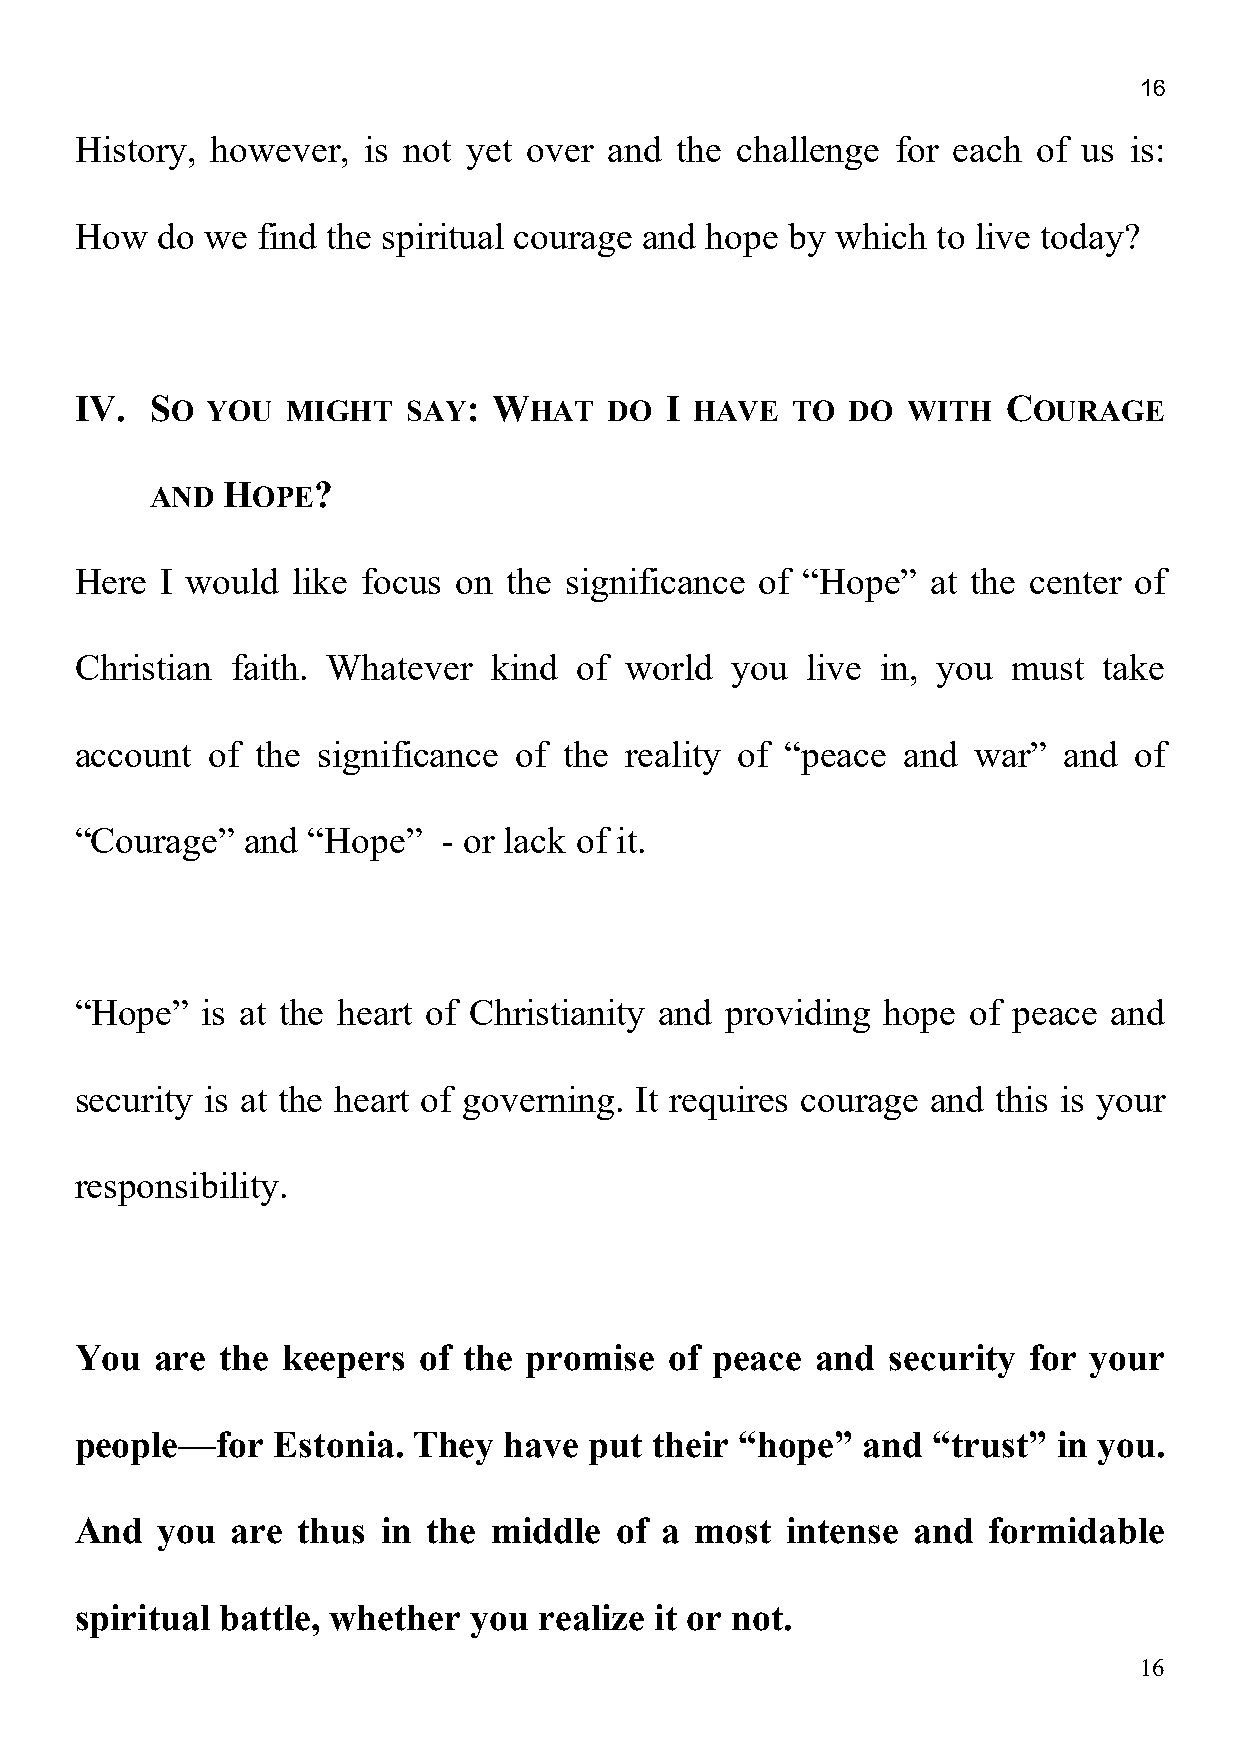
16
 History, however,  is not yet over and  the challenge for each  of us is:
 How  do we  find the spiritual courage and hope by which to live today?
 IV.  SO  YOU  MIGHT   SAY:  WHAT   DO  I HAVE  TO  DO  WITH   COURAGE
 AND  HOPE?
 Here  I would like focus on  the significance of “Hope”  at the center of
 Christian faith. Whatever  kind  of world  you  live in, you  must  take
 account  of the significance of the reality of “peace  and war”  and  of
 “Courage”  and “Hope”   - or lack of it.
 “Hope”  is at the heart of Christianity and providing hope of peace  and
 security is at the heart of governing. It requires courage and this is your
 responsibility.
 You  are  the keepers  of the promise  of peace  and  security for your
 people—for   Estonia. They  have  put their “hope”  and  “trust” in you.
 And  you  are  thus in the middle   of a most  intense and  formidable
 spiritual battle, whether you  realize it or not.
 16